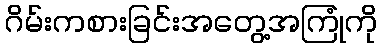
ဂိမ်းကစားခြင်းအတွေ့အကြုံကို